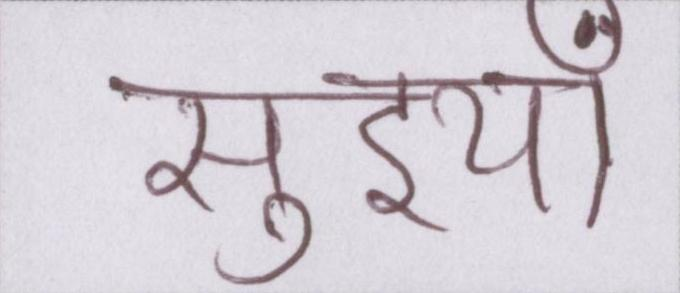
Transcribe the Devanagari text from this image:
सुइयाँ